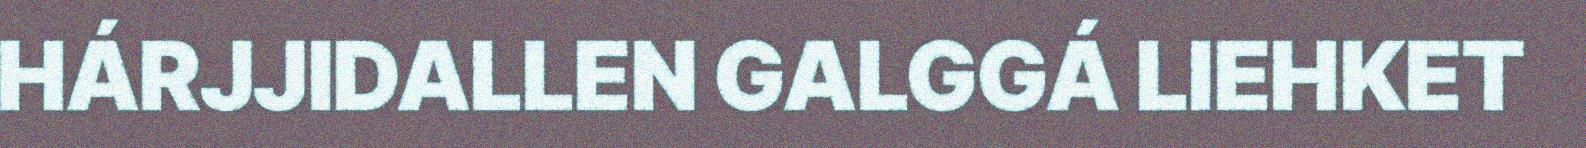
HÁRJJIDALLEN GALGGÁ LIEHKET